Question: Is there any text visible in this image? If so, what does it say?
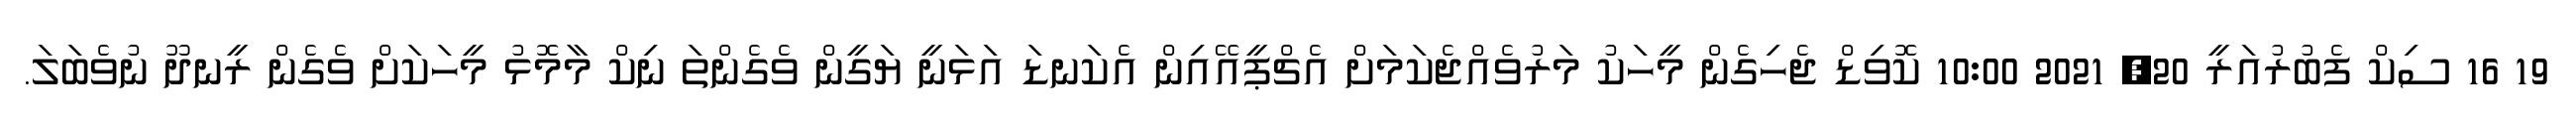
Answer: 19 16 ސިކް ފެބުރުއަރީ 20, 2021 10:00 ކޮވިޑް ޖެހިގެން މީހަކު މަރުވެއްޖެކަމަށް އެޗްޕީއޭއިން އެކަނޑަ އަޅަނީ ޔަގީން ވެގެންތަ ނިކް މާމޮޅު މީހަކަށް ވެގެން ރީނދޫ ނުވެބަލަ.